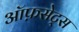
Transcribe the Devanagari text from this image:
ऑफ़सेट्स